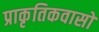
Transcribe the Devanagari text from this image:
प्राकृतिकवासों